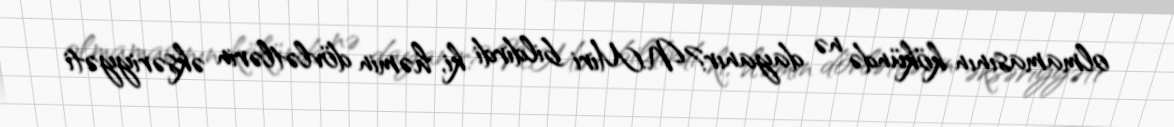
olmamasının kökündə nə dayanır?N.Miri bildirdi ki, həmin dövlətlərin əksəriyyəti